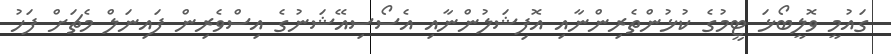
ގައުމީ ވޮލީބޯޅަ ޓީމުގެ ކުޅުންތެރިންނާއި އޮފިޝަލުންނާއި އެސޯސިއޭޝަނުގެ އިސްވެރިން ފައިނަލް މެޗަށް ފަހު